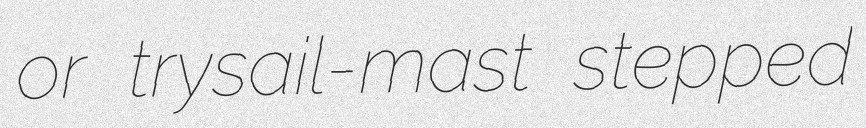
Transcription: or trysail-mast stepped